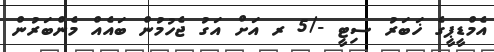
އެމްޑީޕީގެ ޚަބަރު ސިޓީ -/5 ރ އަށް އަގު ޖެހުމުން ބައެއް މެންބަރުން